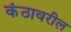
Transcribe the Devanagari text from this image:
कंठावरील